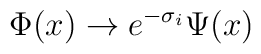
\Phi (x) \rightarrow e^{-\sigma_{i}} \Psi (x)